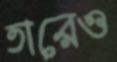
তারেও